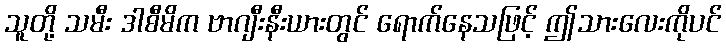
သူတို့ သမီး ဒါစီမိက ဗာဂျီးနီးယားတွင် ရောက်နေသဖြင့် ဤသားလေးကိုပင်